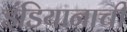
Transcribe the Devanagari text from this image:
इंडियानाची